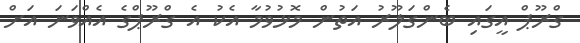
ގްރޫޕް އީގައި ބެންގަލޫރު އަތުން މޮޅުވުމާ އެކު އެ ގްރޫޕްގެ އެއްވަނަ އަށް